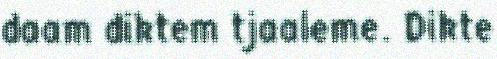
daam diktem tjaaleme. Dikte